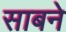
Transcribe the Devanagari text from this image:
साबने